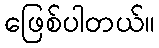
ဖြေစ်ပါတယ်။